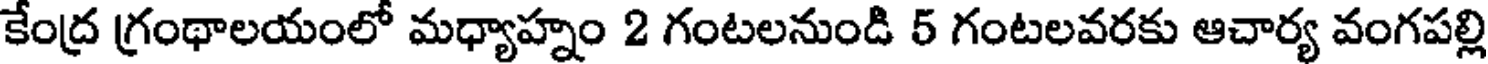
కేంద్ర గ్రంథాలయంలో మధ్యాహ్నం 2 గంటలనుండి 5 గంటలవరకు ఆచార్య వంగపల్లి